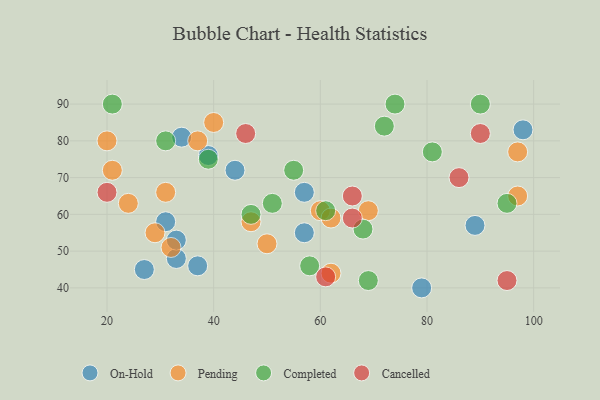
{"axis": {"x": "GDP", "y": "Life Expectancy"}, "legend": ["Cancelled", "Completed", "On-Hold", "Pending"], "data": [{"x": "89", "y": 57, "type": "On-Hold"}, {"x": "33", "y": 48, "type": "On-Hold"}, {"x": "39", "y": 76, "type": "On-Hold"}, {"x": "34", "y": 81, "type": "On-Hold"}, {"x": "37", "y": 46, "type": "On-Hold"}, {"x": "57", "y": 66, "type": "On-Hold"}, {"x": "33", "y": 53, "type": "On-Hold"}, {"x": "79", "y": 40, "type": "On-Hold"}, {"x": "44", "y": 72, "type": "On-Hold"}, {"x": "27", "y": 45, "type": "On-Hold"}, {"x": "98", "y": 83, "type": "On-Hold"}, {"x": "57", "y": 55, "type": "On-Hold"}, {"x": "31", "y": 58, "type": "On-Hold"}, {"x": "31", "y": 66, "type": "Pending"}, {"x": "32", "y": 51, "type": "Pending"}, {"x": "50", "y": 52, "type": "Pending"}, {"x": "62", "y": 44, "type": "Pending"}, {"x": "24", "y": 63, "type": "Pending"}, {"x": "97", "y": 77, "type": "Pending"}, {"x": "29", "y": 55, "type": "Pending"}, {"x": "37", "y": 80, "type": "Pending"}, {"x": "60", "y": 61, "type": "Pending"}, {"x": "40", "y": 85, "type": "Pending"}, {"x": "97", "y": 65, "type": "Pending"}, {"x": "47", "y": 58, "type": "Pending"}, {"x": "20", "y": 80, "type": "Pending"}, {"x": "62", "y": 59, "type": "Pending"}, {"x": "21", "y": 72, "type": "Pending"}, {"x": "69", "y": 61, "type": "Pending"}, {"x": "58", "y": 46, "type": "Completed"}, {"x": "90", "y": 90, "type": "Completed"}, {"x": "51", "y": 63, "type": "Completed"}, {"x": "21", "y": 90, "type": "Completed"}, {"x": "74", "y": 90, "type": "Completed"}, {"x": "95", "y": 63, "type": "Completed"}, {"x": "31", "y": 80, "type": "Completed"}, {"x": "55", "y": 72, "type": "Completed"}, {"x": "81", "y": 77, "type": "Completed"}, {"x": "72", "y": 84, "type": "Completed"}, {"x": "69", "y": 42, "type": "Completed"}, {"x": "39", "y": 75, "type": "Completed"}, {"x": "61", "y": 61, "type": "Completed"}, {"x": "68", "y": 56, "type": "Completed"}, {"x": "47", "y": 60, "type": "Completed"}, {"x": "90", "y": 82, "type": "Cancelled"}, {"x": "66", "y": 65, "type": "Cancelled"}, {"x": "86", "y": 70, "type": "Cancelled"}, {"x": "20", "y": 66, "type": "Cancelled"}, {"x": "61", "y": 43, "type": "Cancelled"}, {"x": "66", "y": 59, "type": "Cancelled"}, {"x": "46", "y": 82, "type": "Cancelled"}, {"x": "95", "y": 42, "type": "Cancelled"}]}